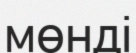
мөнді